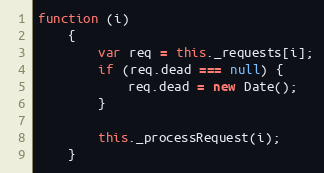
Language: JavaScript
function (i)
    {
        var req = this._requests[i];
        if (req.dead === null) {
            req.dead = new Date();
        }

        this._processRequest(i);
    }